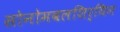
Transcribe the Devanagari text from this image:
सोनोमबलशिर्यिन